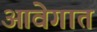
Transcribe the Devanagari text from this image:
आवेगात